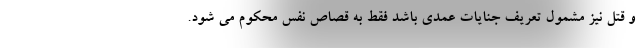
و قتل نیز مشمول تعریف جنایات عمدی باشد فقط به قصاص نفس محکوم می شود.